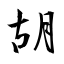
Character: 胡